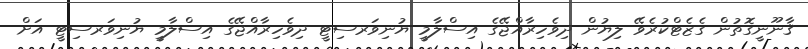
ޤާނޫނީގޮތުން ގެޒެޓްކުރެވޭ ލިޔުން ދިވެހިރާއްޖޭގެ އިސްލާމީ ޔުނިވަރސިޓީ ދިވެހިރާއްޖޭގެ އިސްލާމީ ޔުނިވަރސިޓީ އަށް